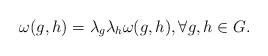
LaTeX: \begin{align*}\omega (g,h) =\lambda_g \lambda_h \omega (g,h), \forall g,h\in G .\end{align*}